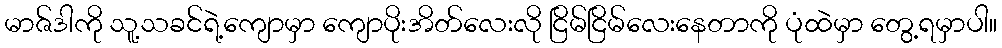
မာဇ်ဒါကို သူ့သခင်ရဲ့ကျောမှာ ကျောပိုးအိတ်လေးလို ငြိမ်ငြိမ်လေးနေတာကို ပုံထဲမှာ တွေ့ရမှာပါ။